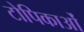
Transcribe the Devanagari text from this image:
टोपिकाओं